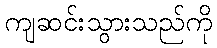
ကျဆင်းသွားသည်ကို